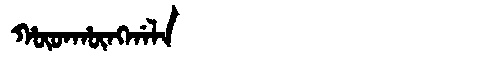
Manchu: ᡥᡡᡨᡥᡡᠩᡤᠠᠯᠠ
Romanization: HŪTHŪNGGALA